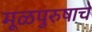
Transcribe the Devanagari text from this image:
मूळपुरुषाचे